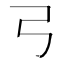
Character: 𢎗